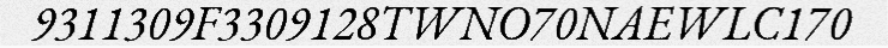
9311309F3309128TWNO70NAEWLC170